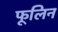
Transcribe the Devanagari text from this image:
फूलिन